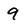
Character: 9